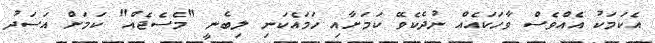
އެކަމަކު އެއްވެސް ވާހަކައެއް ނުދެކެވޭ ކަމަށާއި ހަމައެކަނި ލިބެނީ "މެސެޖެއް" ކަމަށް އަސަދު